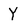
Character: Y